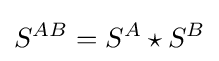
S^{AB}=S^{A}\star S^{B}